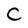
Character: C